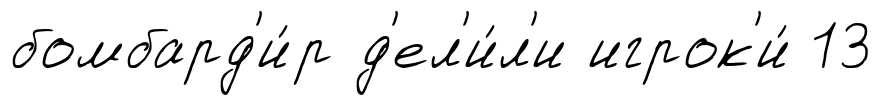
бомбард'и́р д'ел'и́л'и игрок'и́ 13